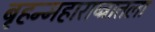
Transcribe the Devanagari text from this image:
बृहन्महाराष्ट्रातला